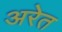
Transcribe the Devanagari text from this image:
अरेत